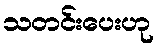
သတင်းပေးဟု